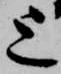
上